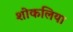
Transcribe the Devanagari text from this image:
शोकलिया